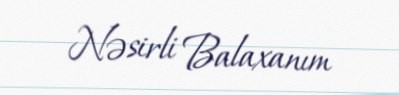
Nəsirli Balaxanım